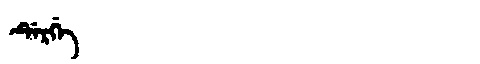
Manchu: ᡩᡝᡵᡤᡝ
Romanization: DERGE